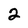
Character: 2